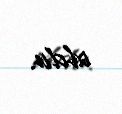
oldu.